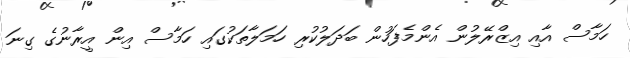
ހަމާސް އާއި އިޒްރޭލުން އެންމެފަހުން ބަދަލުކުރި ހަމަލާތަކުގައި ހަމާސް އިން އީރާނުގެ ގިނަ